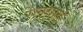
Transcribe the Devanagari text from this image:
रेलयार्ड